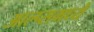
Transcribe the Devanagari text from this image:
आल्प्समध्ये